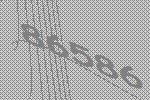
86586